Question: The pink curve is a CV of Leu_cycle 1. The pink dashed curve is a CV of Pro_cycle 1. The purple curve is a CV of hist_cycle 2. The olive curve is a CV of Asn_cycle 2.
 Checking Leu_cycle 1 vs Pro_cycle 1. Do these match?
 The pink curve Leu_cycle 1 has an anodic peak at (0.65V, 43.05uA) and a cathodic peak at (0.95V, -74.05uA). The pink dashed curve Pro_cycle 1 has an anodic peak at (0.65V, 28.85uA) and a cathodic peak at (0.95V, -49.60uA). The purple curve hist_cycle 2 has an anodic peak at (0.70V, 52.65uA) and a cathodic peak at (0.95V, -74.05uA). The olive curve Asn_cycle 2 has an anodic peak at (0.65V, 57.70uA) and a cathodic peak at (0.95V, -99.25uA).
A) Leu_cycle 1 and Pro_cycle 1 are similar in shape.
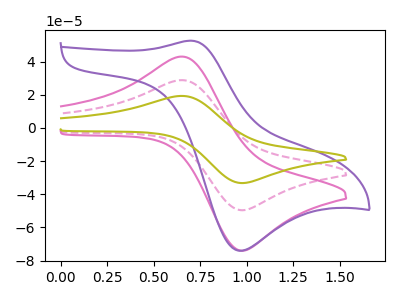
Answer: <think>All the peaks in "Leu_cycle 1" have a peak in "Pro_cycle 1" at the same potential. Every peak in "Leu_cycle 1" is higher than every peak in "Pro_cycle 1".
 </think>
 <answer>A) "Leu_cycle 1" and "Pro_cycle 1" are similar in shape.</answer>
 <eval>A</eval>